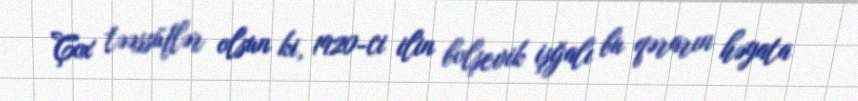
Çox təəssüflər olsun ki, 1920-ci ilin bolşevik işğalı bu qərarın həyata